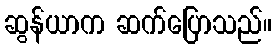
ဆွန်ယာက ဆက်ပြောသည်။